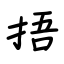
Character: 捂